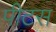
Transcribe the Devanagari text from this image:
पीटस